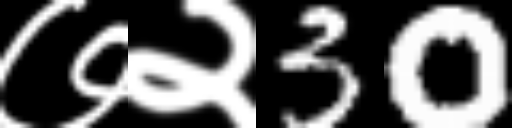
Text: ७२30